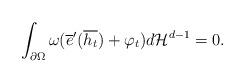
LaTeX: \begin{align*}\int_{\partial\Omega}\omega(\overline{e}^{\prime}(\overline{h_{t}})+\varphi_{t})d\mathcal{H}^{d-1}=0.\end{align*}